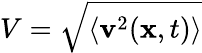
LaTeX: V=\sqrt{\langle\mathbf{v}^{2}(\mathbf{x},t)\rangle}